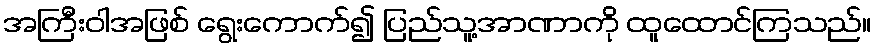
အကြီးဝါအဖြစ် ရွေးကောက်၍ ပြည်သူ့အာဏာကို ထူထောင်ကြသည်။